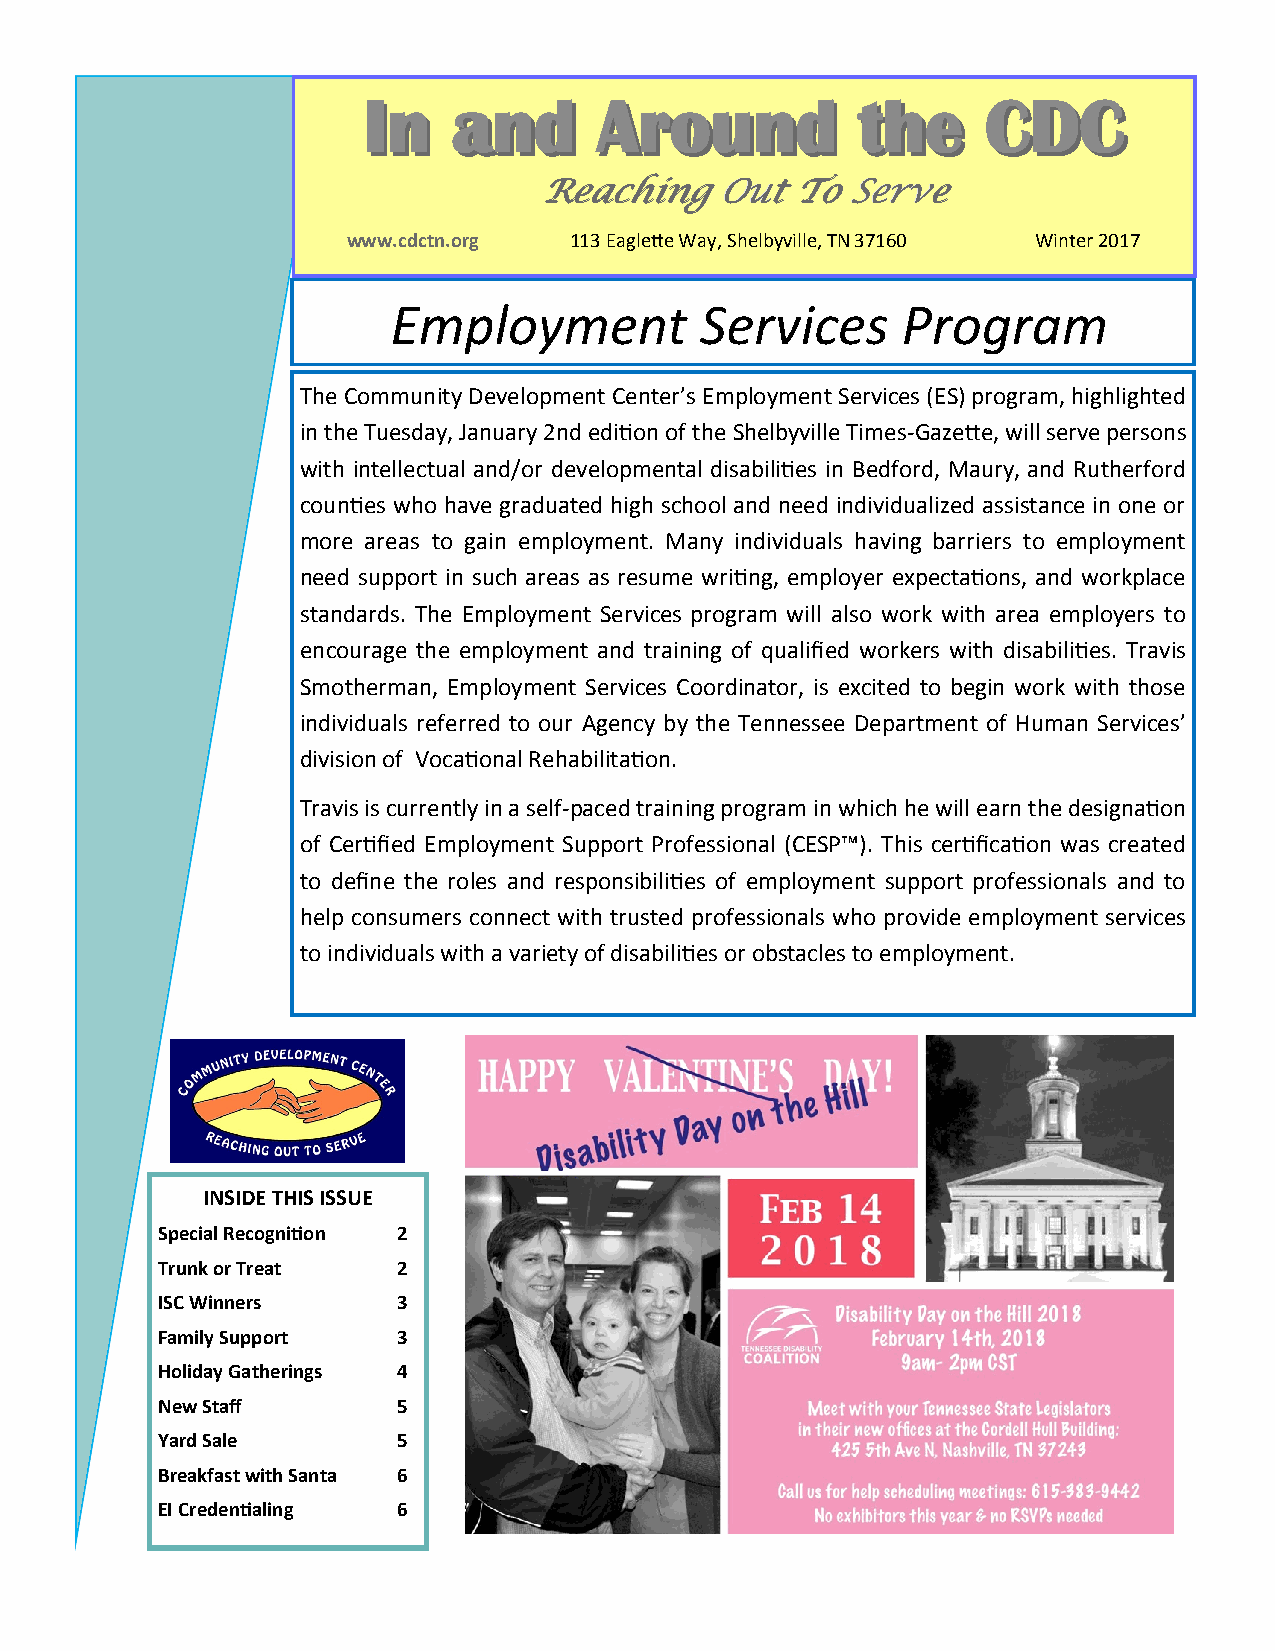
IInn  aanndd    AArroouunndd     tthhee  CCDDCC
 RRReeeaaaccchhhiiinnnggg OOOuuuttt TTTooo SSSeeerrrvvveee
 www.cdctn.org  113 Eaglette Way, Shelbyville, TN 37160 Winter 2017
 Employment          Services      Program
 The Community Development Center’s Employment Services (ES) program, highlighted
 in the Tuesday, January 2nd edition of the Shelbyville Times-Gazette, will serve persons
 with intellectual and/or developmental disabilities in Bedford, Maury, and Rutherford
 counties who have graduated high school and need individualized assistance in one or
 more areas to gain employment. Many individuals having barriers to employment
 need support in such areas as resume writing, employer expectations, and workplace
 standards. The Employment Services program will also work with area employers to
 encourage the employment and training of qualified workers with disabilities. Travis
 Smotherman, Employment Services Coordinator, is excited to begin work with those
 individuals referred to our Agency by the Tennessee Department of Human Services’
 division of Vocational Rehabilitation.
 Travis is currently in a self-paced training program in which he will earn the designation
 of Certified Employment Support Professional (CESP™). This certification was created
 to define the roles and responsibilities of employment support professionals and to
 help consumers connect with trusted professionals who provide employment services
 to individuals with a variety of disabilities or obstacles to employment.
 INSIDE THIS ISSUE
 Special Recognition 2
 Trunk or Treat  2
 ISC Winners     3
 Family Support  3
 Holiday Gatherings 4
 New Staff       5
 Yard Sale       5
 Breakfast with Santa 6
 EI Credentialing 6